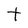
Character: t